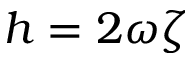
h = 2 \omega \zeta